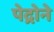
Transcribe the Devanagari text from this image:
पेद्रोने